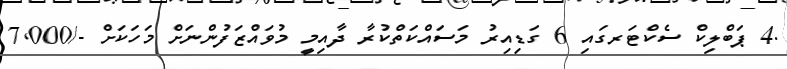
.4 ޕަބްލިކް ސެކްޓަރގައި 6 ގަޑިއިރު މަސައްކަތްކުރާ ދާއިމީ މުވައްޒަފުންނަށް މަހަކަށް -/7